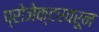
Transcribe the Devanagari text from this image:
प्रोजेक्टरवरून